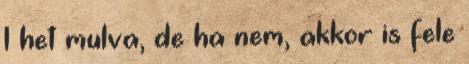
1 het mulva, de ha nem, akkor is fele